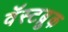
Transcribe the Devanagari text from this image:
वॅस्टब्रुक